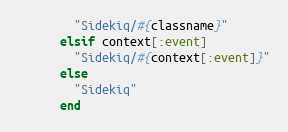
Language: Ruby
        "Sidekiq/#{classname}"
      elsif context[:event]
        "Sidekiq/#{context[:event]}"
      else
        "Sidekiq"
      end